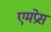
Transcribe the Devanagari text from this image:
एमप्रेस